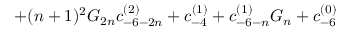
+ ( n + 1 ) ^ { 2 } G _ { 2 n } c _ { - 6 - 2 n } ^ { ( 2 ) } + c _ { - 4 } ^ { ( 1 ) } + c _ { - 6 - n } ^ { ( 1 ) } G _ { n } + c _ { - 6 } ^ { ( 0 ) }